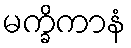
မက္ခိကာနံ